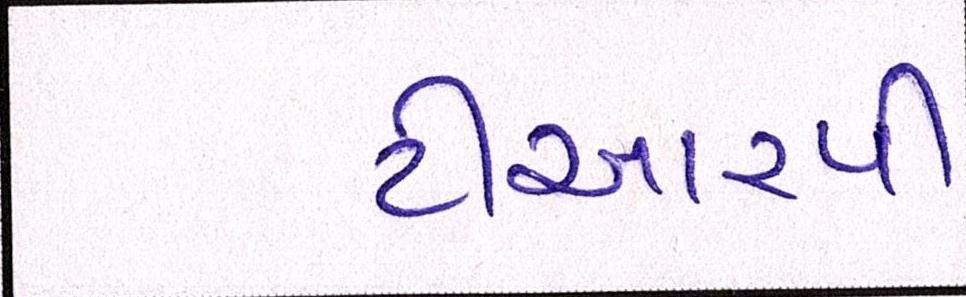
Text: ટીઆરપી